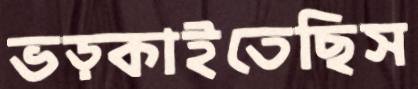
ভড়্‌কাইতেছিস